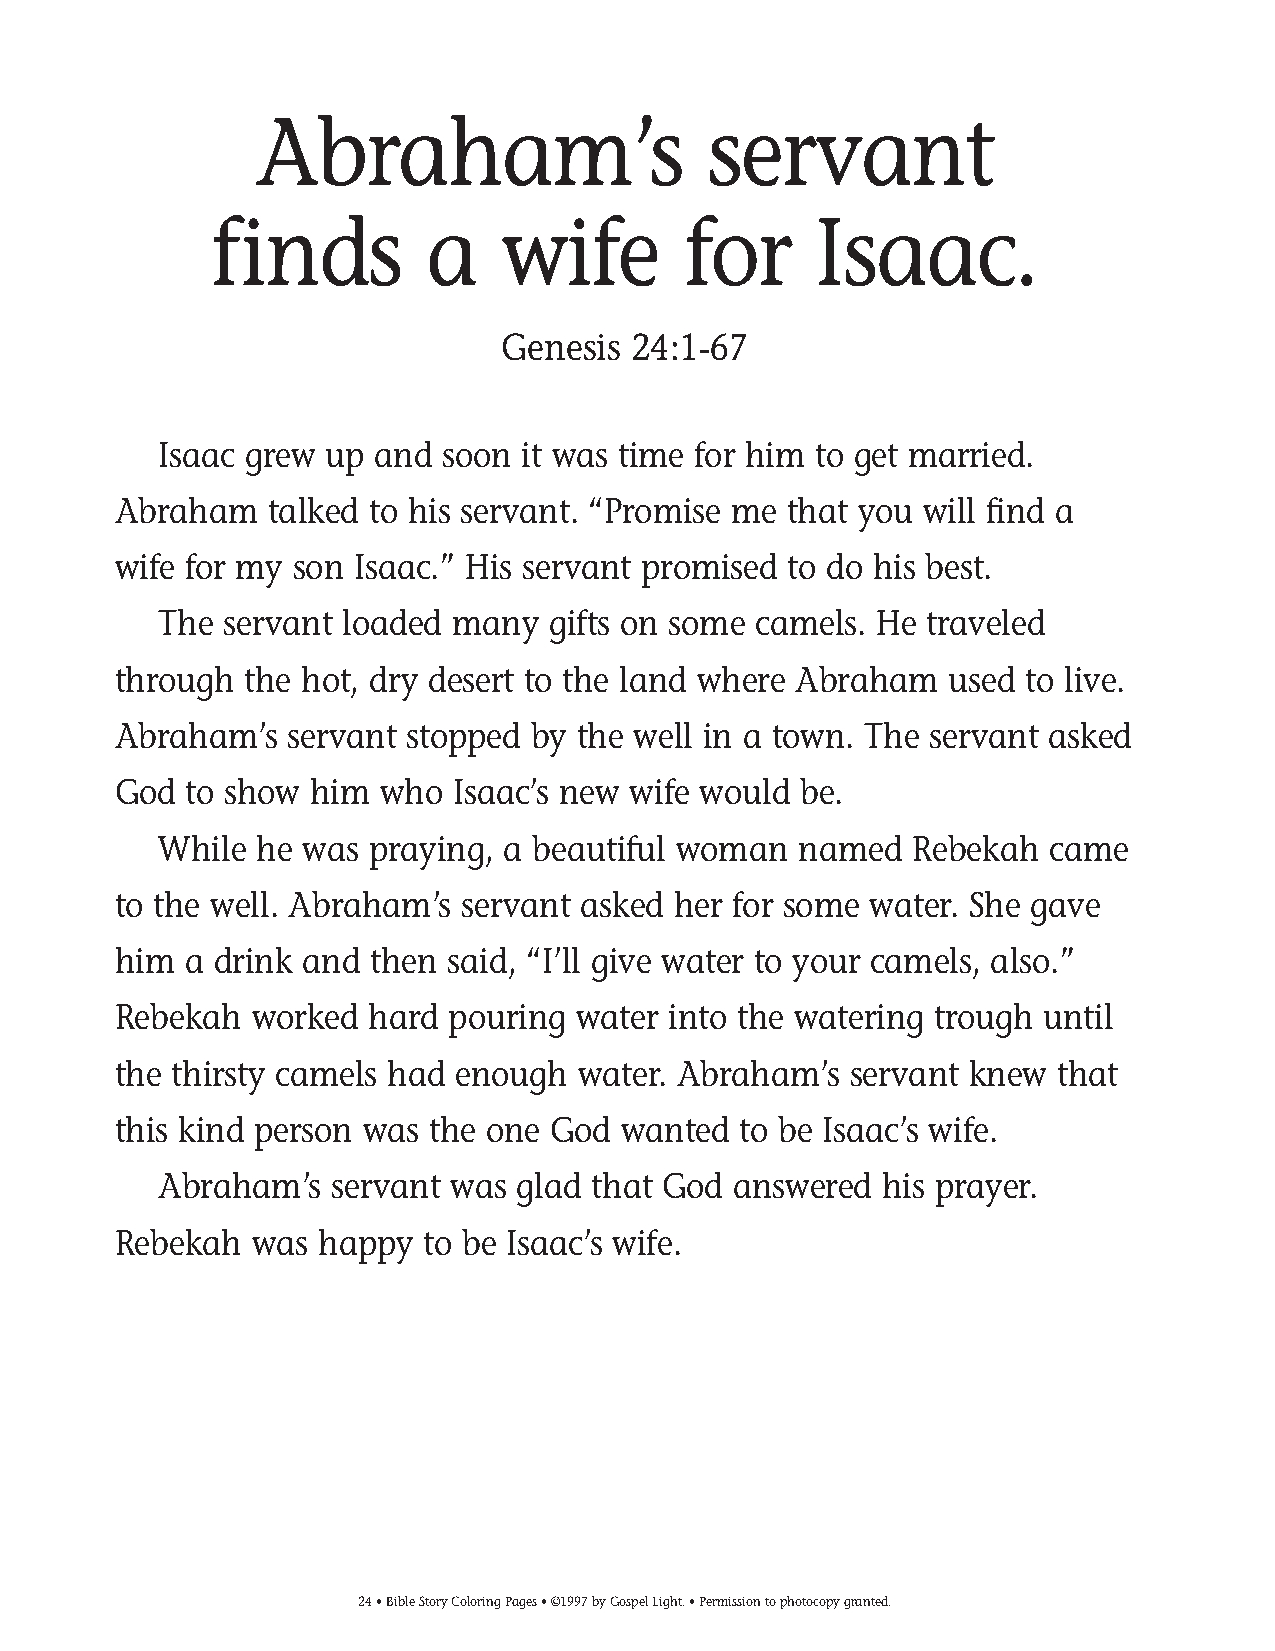
009-34 Coloring pgs_009-34 Coloring pgs 2/19/14 11:44 AM Page 24
 Abraham’s                     servant
 finds          a    wife        for     Isaac.
 Genesis 24:1-67
 Isaac grew up and  soon it was time for him to get married.
 Abraham   talked to his servant. “Promise me that you will find a
 wife for my son Isaac.” His servant promised to do his best.
 The servant loaded many   gifts on some camels. He traveled
 through  the hot, dry desert to the land where Abraham used to live.
 Abraham’s  servant stopped  by the well in a town. The servant asked
 God  to show him  who Isaac’s new wife would be.
 While he was  praying, a beautiful woman  named   Rebekah  came
 to the well. Abraham’s servant asked her for some water. She gave
 him  a drink and then said, “I’ll give water to your camels, also.”
 Rebekah  worked  hard pouring  water into the watering trough until
 the thirsty camels had enough  water. Abraham’s  servant knew that
 this kind person was the one God  wanted to be Isaac’s wife.
 Abraham’s  servant was  glad that God answered  his prayer.
 Rebekah  was  happy to be Isaac’s wife.
 24• Bible Story Coloring Pages • ©1997 by Gospel Light. • Permission to photocopy granted.